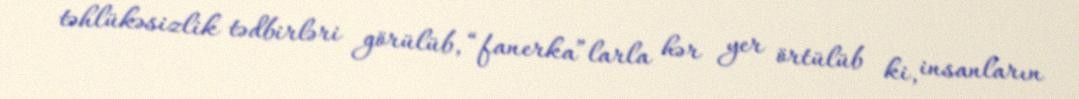
təhlükəsizlik tədbirləri görülüb, “fanerka”larla hər yer örtülüb ki, insanların